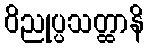
ဝိညုပ္ပသတ္ထာနိ